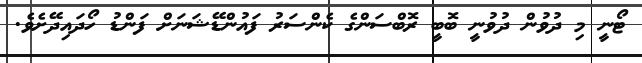
ޓޯނީ މި ދުވުން ދުވުނީ ބޮބީ ރޮބްސަންގެ ކެންސަރު ފައުންޑޭޝަނަށް ފަންޑު ހޯދައިދޭށެވެ.